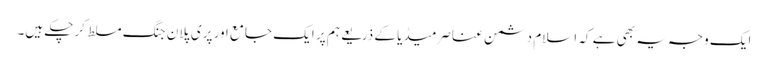
ایک وجہ یہ بھی ہے کہ اسلام دشمن عناصرمیڈیا کے ذریعے ہم پر ایک جامع اور پری پلان جنگ مسلط کرچکے ہیں۔